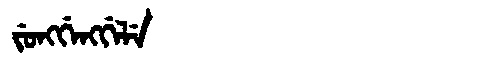
Manchu: ᠵᡠᠩᡤᡝᠩᡤᡝᠯᡝ
Romanization: JUNGGENGGELE